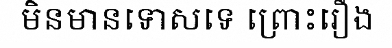
មិនមានទោសទេ ព្រោះរឿង